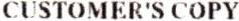
CUSTOMER'S COPY